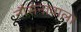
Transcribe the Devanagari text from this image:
नौसेनावाला